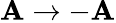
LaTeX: \mathbf{A}\to-\mathbf{A}